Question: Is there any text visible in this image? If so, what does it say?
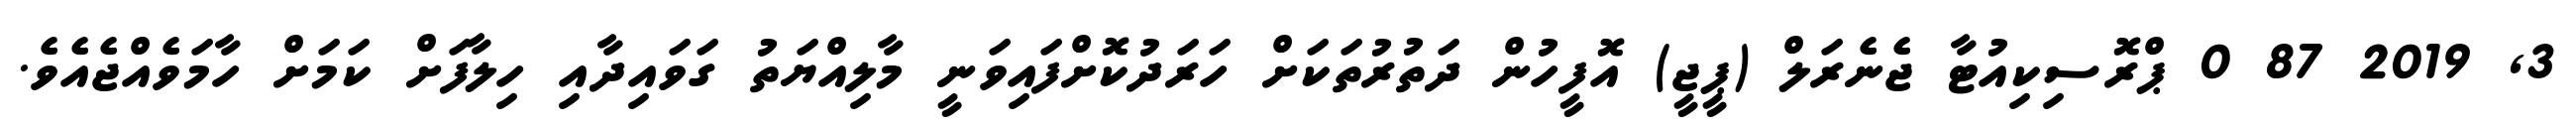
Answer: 3, 2019 87 0 ޕްރޮސިކިއުޓާ ޖެނެރަލް (ޕީޖީ) އޮފީހުން ދަތުރުތަކަށް ހަރަދުކޮށްފައިވަނީ މާލިއްޔަތު ގަވައިދާއި ހިލާފަށް ކަމަށް ހާމަވެއްޖެއެވެ.